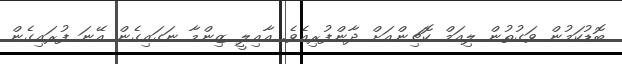
ބޮޑުކަމުން ވަގުތުން ލިއަމް ކޮޗިންއަށް ދާންފުރިއެވެ. އާއިލީ ޒިންމާ ނަގައިގެން އޭނަ ފުރައިގެން